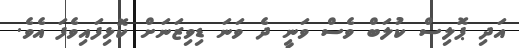
އަދި ޕޮލިސް ކުލަބް ވެސް ވަނީ ދެ ވަނަ ޑިވިޒަނަށް ކޮޅިފައިވެފަ އެވެ.